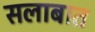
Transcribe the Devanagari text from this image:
सलाबात